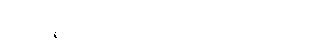
ရှင်ရဟန်းပြုမပေးရဟု ပညတ်ထားသော သိက္ခာပုဒ်။